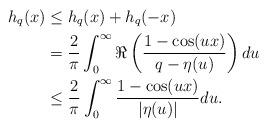
LaTeX: \begin{align*}h_q(x) &\leq h_q(x) + h_q(-x)\\&=\frac{2}{\pi}\int^\infty_0 \Re\left( \frac{1-\cos(ux)}{q-\eta(u)} \right)du\\&\leq \frac{2}{\pi}\int^\infty_0 \frac{1-\cos(ux)}{|\eta(u)|}du.\end{align*}